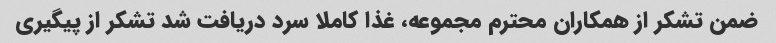
ضمن تشکر از همکاران محترم مجموعه، غذا کاملا سرد دریافت شد تشکر از پیگیری